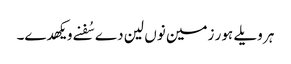
ہر ویلے ہور زمین نوں لین دے سُفنے ویکھدے۔